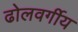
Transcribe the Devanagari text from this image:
ढोलवर्गीय